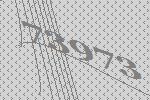
73973